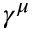
\gamma ^ { \mu }